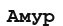
Амур